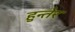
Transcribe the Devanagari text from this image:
हुन्तेर